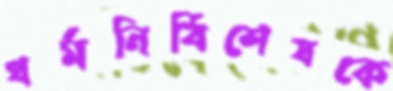
ধর্মনির্বিশেষকে